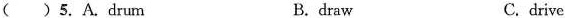
( ) 5. A. drum B. draw C. drive